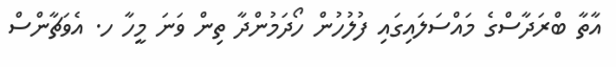
އާތާ ބްރަދާސްގެ މައްސަލައިގައި ފުލުހުން ހޯދަމުންދާ ތިން ވަނަ މީހާ ހ. އެވަޗާންސް